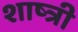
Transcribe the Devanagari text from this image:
शाष्त्री